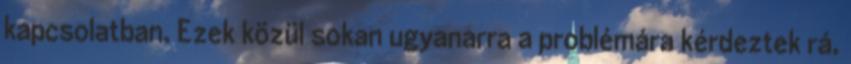
kapcsolatban. Ezek közül sokan ugyanarra a problémára kérdeztek rá,